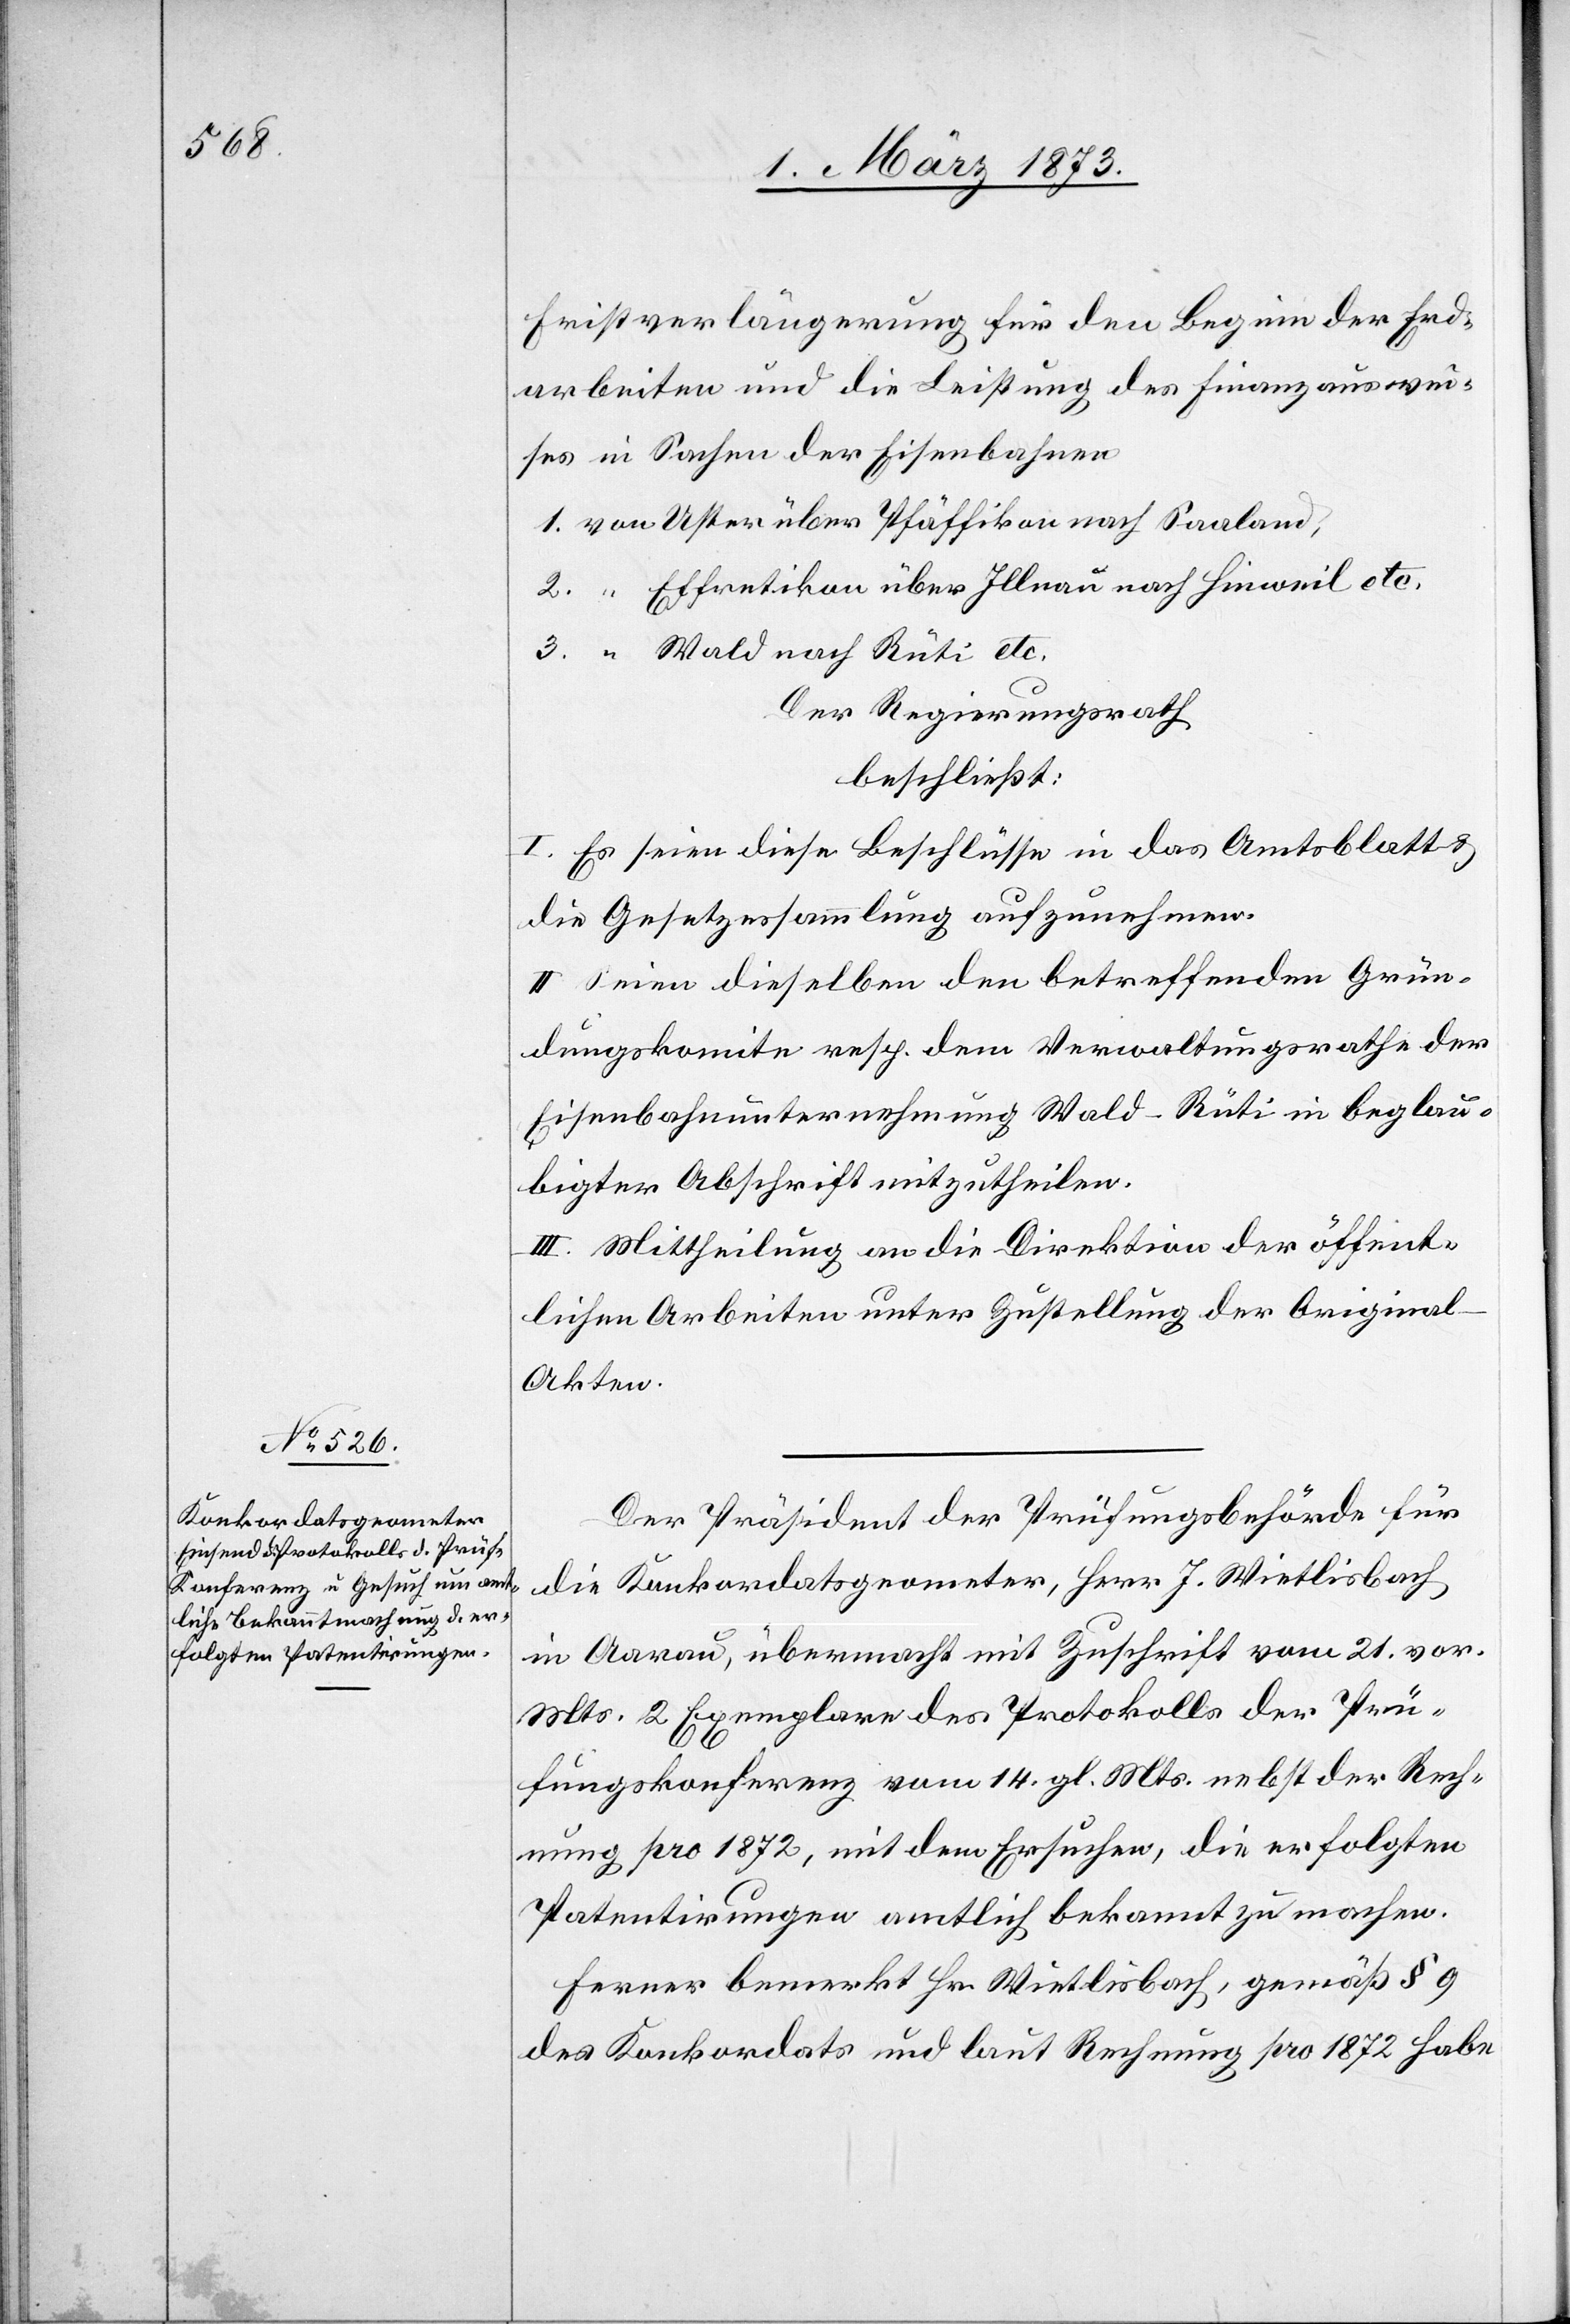
Fristverlängerung für den Beginn der Erd¬
arbeiten und die Leitung des Finanzauswei¬
ses in Sachen der Eisenbahnen
1. von Uster über Pfäffikon nach Saaland,
2. “ Effretikon über Illnau nach Hinweil etc.
3. “ Wald nach Rüti etc.
Der Regierungsrath
beschließt:
I. Es seien diese Beschlüsse in das Amtsblatt u.
die Gesetzessammlung aufzunehmen.
II. Seien dieselben den betreffenden Grün¬
dungskomite resp. dem Verwaltungsrathe der
Eisenbahnunternehmung Wald–Rüti in beglau¬
bigter Abschrift mitzutheilen.
III. Mittheilung an die Direktion der öffent¬
lichen Arbeiten unter Zustellung der Origina¬
l-Akten.
Der Präsident der Prüfungsbehörde für
die Konkordatsgeometer, Herr J. Wietlisbach
in Aarau, übermacht mit Zuschrift vom 21. vor.
Mts. 2 Exemplare des Protokolls der Prü¬
fungskonferenz vom 14. gl. Mts. nebst der Rech¬
nung pro 1872, mit dem Ersuchen, die erfolgten
Patentirungen amtlich bekannt zu machen.
Ferner bemerkt Hr. Wietlisbach, gemäß § 9
des Konkordats und laut Rechnung pro 1872 habe